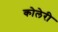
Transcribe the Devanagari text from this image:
कोलेरी